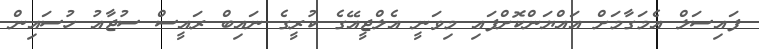
ފައިސަލް އެމަގާމަށް އައްޔަންކޮށްފައި މިވަނީ އެލްޖީއޭގެ ކުރީގެ ނައިބް ރައީސް ސުޖާއު ހުސައިން